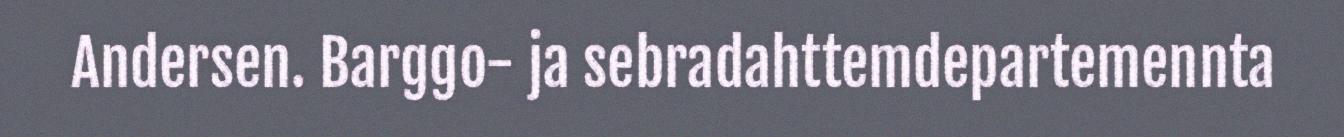
Andersen. Barggo- ja sebradahttemdepartemennta